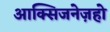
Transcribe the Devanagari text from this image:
आक्सिजनेज़हो